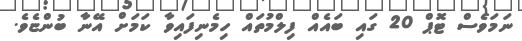
ނަމަވެސް ޓޮޕް 20 ގައި ބައެއް ފިލްމުތައް ހިމެނިފައިވާ ކަމަށް އޭނާ ބުންޏެވެ.